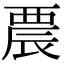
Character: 𨑇